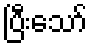
ပြီးသော်